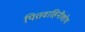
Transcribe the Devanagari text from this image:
पित्तवाहिनीशोथ